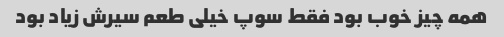
همه چیز خوب بود فقط سوپ خیلی طعم سیرش زیاد بود